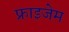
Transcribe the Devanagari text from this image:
फ्राइजेम